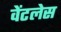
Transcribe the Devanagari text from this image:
वेंटलेस